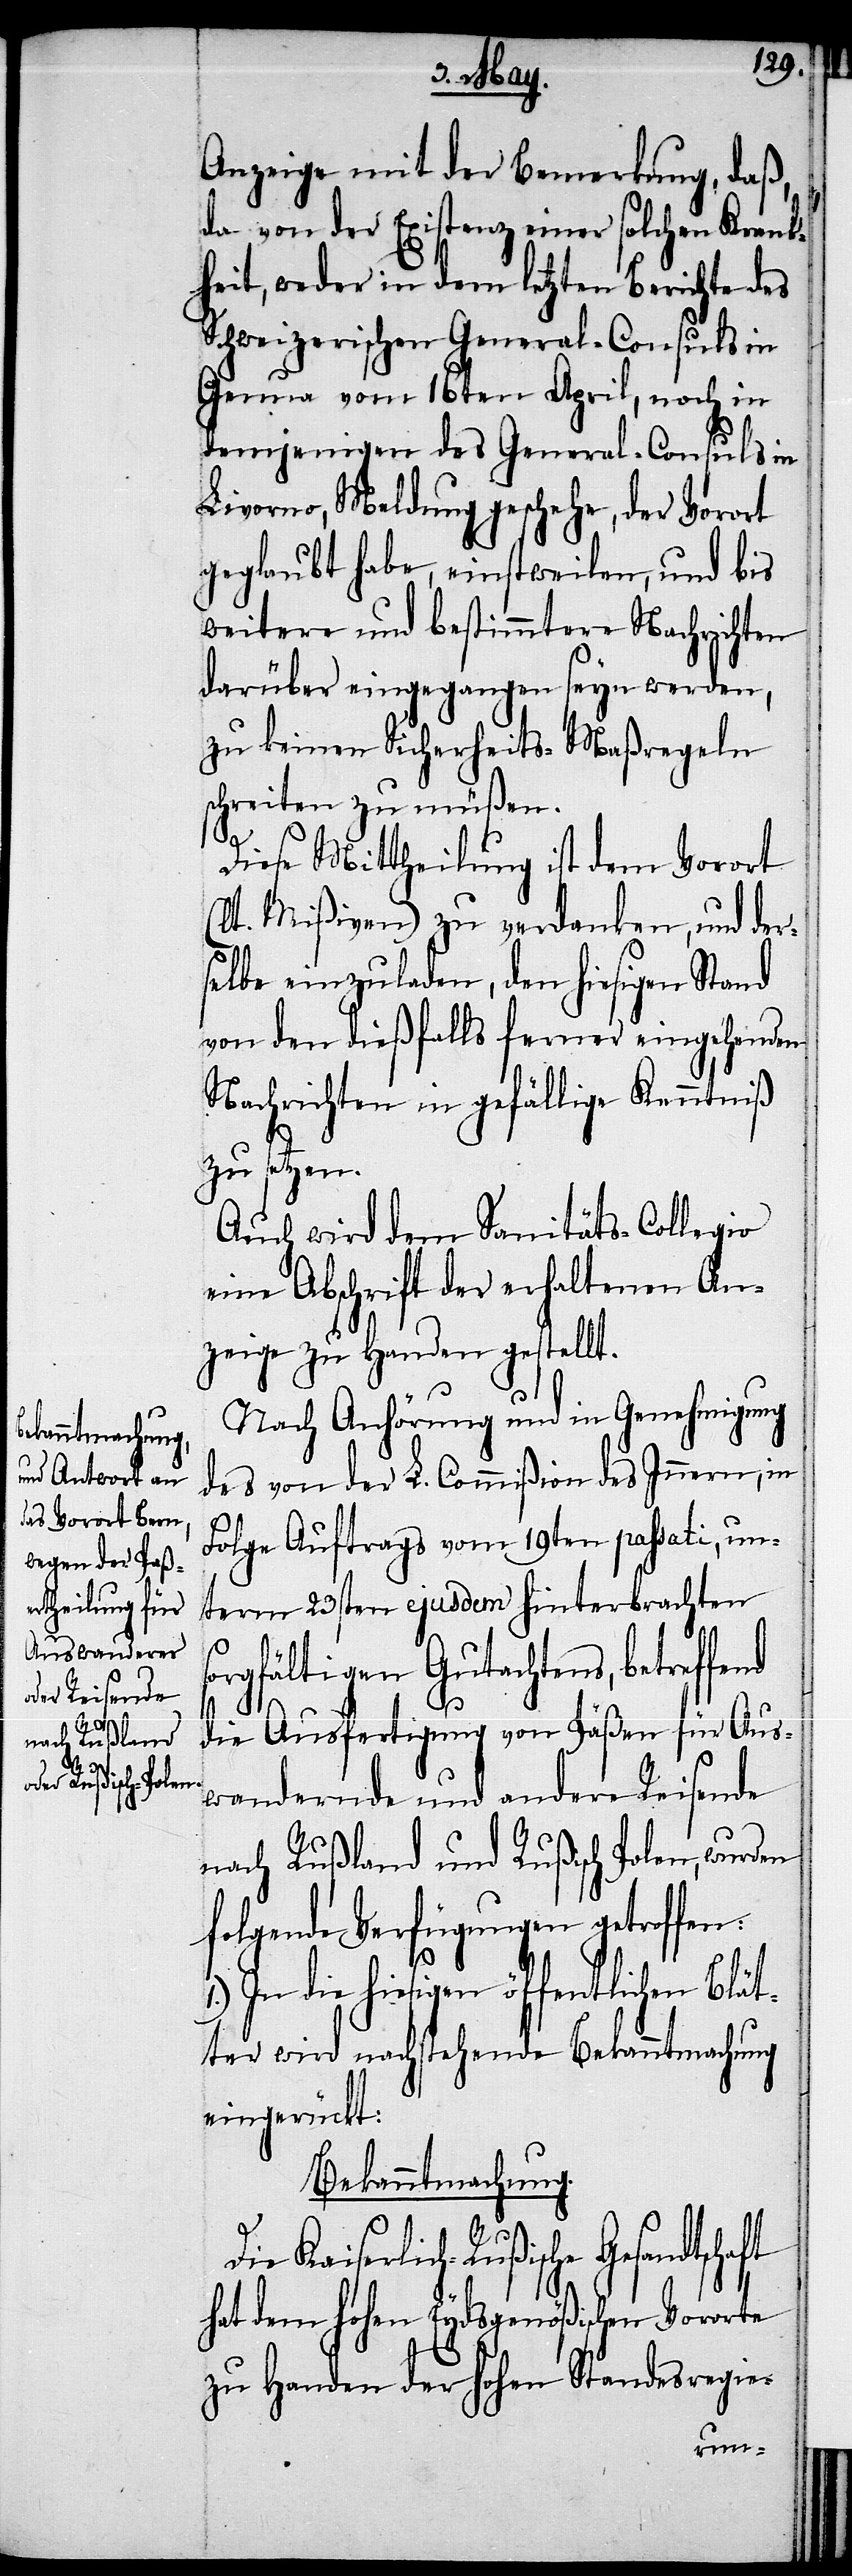
D¬

Anzeige mit der Bemerkung, daß,
da von der Existenz einer solchen Krank¬
heit, weder in dem letzten Berichte des
Schweizerischen General-Consuls in
Genua vom 16ten April, noch in
demjenigen des General-Consuls in
Livorno, Meldung geschehe, der Vorort
geglaubt habe, einstweilen, und bis
weitere und bestimmtere Nachrichten
darüber eingegangen seyn werden,
zu keinen Sicherheits-Maßregeln
schreiten zu müßen.
Diese Mittheilung ist dem Vorort
t. Mißiven) zu verdanken, und der¬
selbe einzuladen, den hiesigen Stand
von den dießfalls ferner eingehenden
Nachrichten in gefällige Kenntnis
zu setzen.
Auch wird dem Sanitäts-Collegio
eine Abschrift der erhaltenen An¬
zeige zu Handen gestellt.
Nach Anhörung und in Genehmigung
des von der L. Commißion des Innern, in
Folge Auftrags vom 19ten passati, un¬
term 23sten ejusdem hinterbrachten
orgfältigen Gutachtens, betreffend
ft
die Ausfertigung von Päßen für Aus¬
wandernde und andere Reisende
nach Rußland und Rußisch Polen, wurden
folgende Verfügungen getroffen:
die hiesigen öffentlichen Blät¬
ter wird nachstehende Bekanntmachung
eingerückt:
Bekanntmachung.
ie Kaiserlich-Rußische Gesandtscha¬
hat dem hohen Eydsgenößischen Vororte
zu Handen der hohen Standesregie-